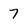
Character: 7